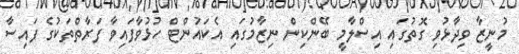
މުނީޒާ ވިދާޅުވި ގޮތުގައި އިސްލާމީ ބޭންކިން ނިޒާމުގައި އެކައުންޓް ހުޅުވާފައިވާ ފަރާތްތަކުގެ ފައިސާ